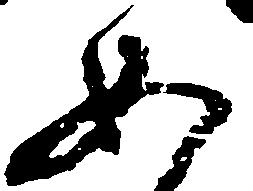
如